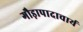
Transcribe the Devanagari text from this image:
गौड़ापादाचार्य